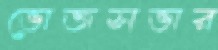
ভোজসভার